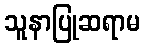
သူနာပြုဆရာမ